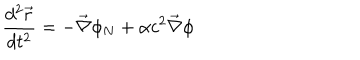
LaTeX: \frac { d ^ { 2 } \vec { r } } { d t ^ { 2 } } = - \vec { \nabla } \phi _ { N } + \alpha c ^ { 2 } \vec { \nabla } \phi